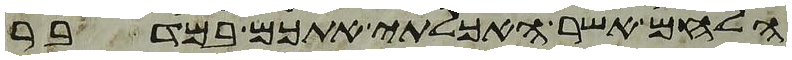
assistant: הלחם אשר האכלתי אתכם במדבר